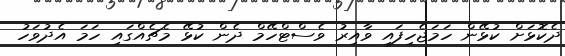
ދެކޮޅަށް ކުޅޭން ހަމަޖެހިފައި ވާއިރު ވެސްޓްހޭމް ދެން ކުޅޭ މެޗެއްގައި ހަމަ އެދުވަހު